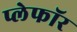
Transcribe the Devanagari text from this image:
प्लेफॉर